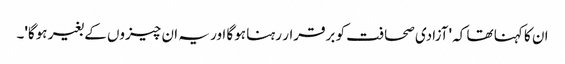
ان کا کہنا تھا کہ 'آزادی صحافت کو برقرار رہنا ہوگا اور یہ ان چیزوں کے بغیر ہوگا'۔